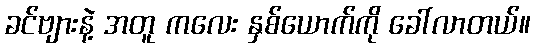
ခင်ဗျားနဲ့ အတူ ကလေး နှစ်ယောက်ကို ခေါ်လာတယ်။